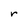
Character: r